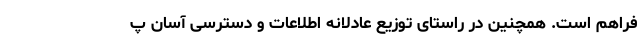
فراهم است. همچنین در راستای توزیع عادلانه اطلاعات و دسترسی آسان پ